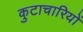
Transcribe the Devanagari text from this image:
कुटाचारियों